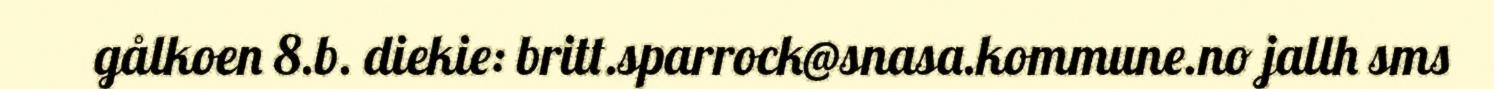
gålkoen 8.b. diekie: britt.sparrock@snasa.kommune.no jallh sms